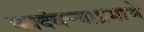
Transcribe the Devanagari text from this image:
कादंबऱ्याप्रमाणे